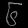
Digit: ၆